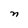
Character: n